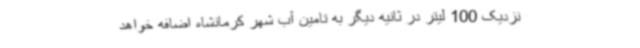
نزدیک 100 لیتر در ثانیه دیگر به تامین آب شهر کرمانشاه اضافه خواهد